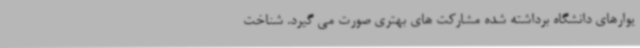
یوارهای دانشگاه برداشته شده مشارکت های بهتری صورت می گیرد. شناخت‌